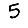
Digit: 5